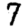
Digit: 7